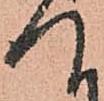
て